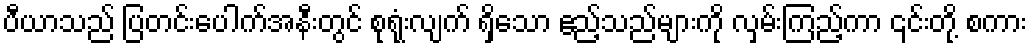
ပီယာသည် ပြတင်းပေါက်အနီးတွင် စုရုံးလျက် ရှိသော ဧည့်သည်များကို လှမ်းကြည့်ကာ ၎င်းတို့ စကား